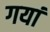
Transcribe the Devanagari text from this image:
गयां